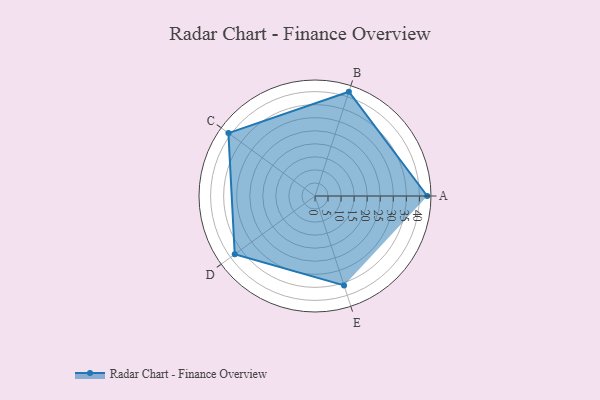
{"axis": {"x": "Skill", "y": "Score"}, "legend": ["Profile"], "data": [{"x": "A", "y": 43.0, "type": "Profile"}, {"x": "B", "y": 42.0, "type": "Profile"}, {"x": "C", "y": 41.0, "type": "Profile"}, {"x": "D", "y": 38.0, "type": "Profile"}, {"x": "E", "y": 36.0, "type": "Profile"}]}